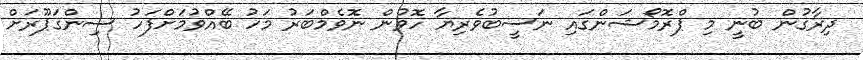
ދިރާގުން ބުނީ މި ޕްރޮމޯޝަންގައި ނަސީބުވެރިޔާ ހޮވުން ނޮވެމްބަރު މަހު ބޭއްވުމަށްފަހު ސިންގަޕޫރަށް